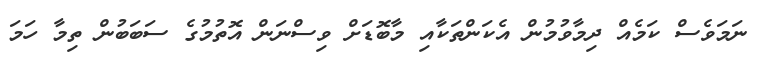
ނަމަވެސް ކަމެއް ދިމާވުމުން އެކަންތަކާއި މާބޮޑަށް ވިސްނަން އޮތުމުގެ ސަބަބުން ތިމާ ހަމަ